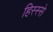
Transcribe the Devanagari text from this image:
हिस्‍स्‍से